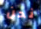
نحن